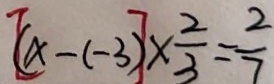
[ ( x - ( - 3 ) ] \times \frac { 2 } { 3 } = \frac { 2 } { 7 }